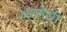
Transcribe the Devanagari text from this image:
अरजेंसी